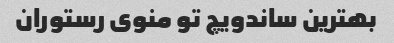
بهترین ساندویچ تو منوی رستوران